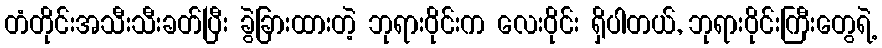
တံတိုင်းအသီးသီးခတ်ပြီး ခွဲခြားထားတဲ့ ဘုရားဝိုင်းက လေးဝိုင်း ရှိပါတယ်, ဘုရားဝိုင်းကြီးတွေရဲ့